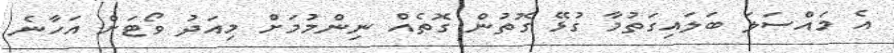
އެ މައްސަލަ ބަލައިގަތުމާ ގުޅޭ ގޮތުން ގޮތެއް ނިންމުމަށް މިއަދު ވޯޓަށް އަހާނެ